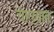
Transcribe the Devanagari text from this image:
चेहर्‍यात